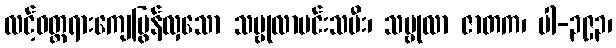
လင့်ဝတ္တရားကျေပြွန်လှသော သမ္ဗုလာမင်းသမီး၊ သမ္ဗုလာ ဇာတက၊ ပါ-၃၉၃၊